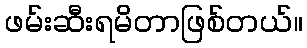
ဖမ်းဆီးရမိတာဖြစ်တယ်။